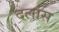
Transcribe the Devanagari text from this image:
दलास